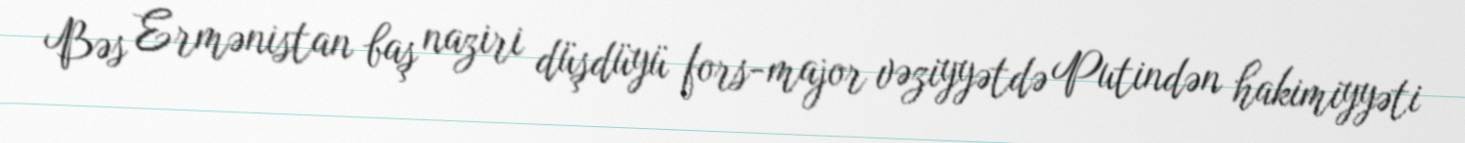
Bəs Ermənistan baş naziri düşdüyü fors-major vəziyyətdə Putindən hakimiyyəti